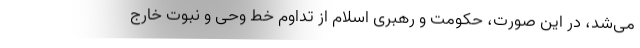
می‌شد، در این صورت، حکومت و رهبری اسلام از تداوم خط وحی و نبوت خارج